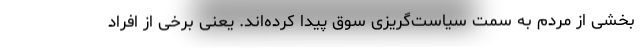
بخشی از مردم به سمت سیاست‌گریزی سوق پیدا کرده‌اند. یعنی برخی از افراد